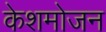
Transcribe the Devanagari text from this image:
केशमोजन